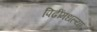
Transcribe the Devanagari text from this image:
पिढींमधल्या